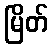
မြိတ်